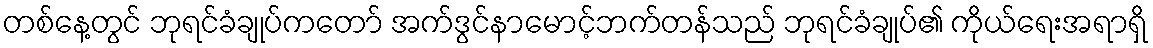
တစ်နေ့တွင် ဘုရင်ခံချုပ်ကတော် အက်ဒွင်နာမောင့်ဘက်တန်သည် ဘုရင်ခံချုပ်၏ ကိုယ်ရေးအရာရှိ